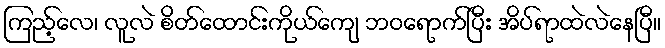
ကြည့်လေ၊ လူလဲ စိတ်ထောင်းကိုယ်ကျေ ဘဝရောက်ပြီး အိပ်ရာထဲလဲနေပြီ။